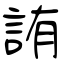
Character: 詴